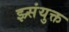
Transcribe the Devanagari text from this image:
झ्र्संयुक्त